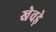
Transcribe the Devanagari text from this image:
खेवड़े